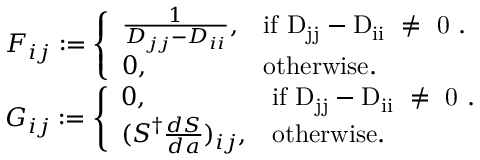
\begin{array} { r l } & { F _ { i j } : = \left\{ \begin{array} { l l } { \frac { 1 } { D _ { j j } - D _ { i i } } , } & { \mathrm { i f ~ D _ { j j } - D _ { i i } ~ \neq ~ 0 ~ } . } \\ { 0 , } & { \mathrm { o t h e r w i s e } . } \end{array} \right. } \\ & { G _ { i j } : = \left\{ \begin{array} { l l } { 0 , } & { \mathrm { i f ~ D _ { j j } - D _ { i i } ~ \neq ~ 0 ~ } . } \\ { ( S ^ { \dagger } \frac { d S } { d a } ) _ { i j } , } & { \mathrm { o t h e r w i s e } . } \end{array} \right. } \end{array}